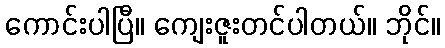
ကောင်းပါပြီ။ ကျေးဇူးတင်ပါတယ်။ ဘိုင်။